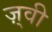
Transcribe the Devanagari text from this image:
ज़्वी